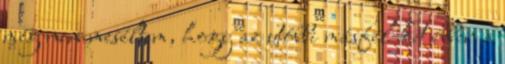
még nem meséltem, hogy az utóbbi másfél-két évben a